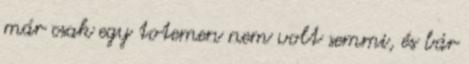
már csak egy totemen nem volt semmi, és bár